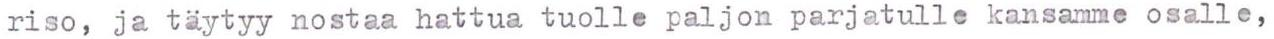
riso, ja täytyy nostaa hattua tuolle paljon parjatulle kansamme osalle,